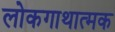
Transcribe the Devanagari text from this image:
लोकगाथात्मक